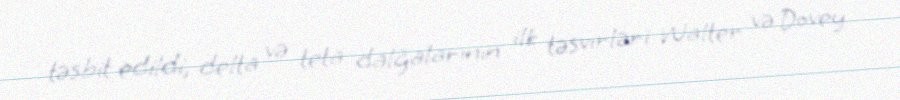
təsbit edildi, delta və teta dalğalarının ilk təsvirləri Walter və Dovey